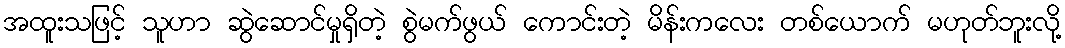
အထူးသဖြင့် သူဟာ ဆွဲဆောင်မှုရှိတဲ့ စွဲမက်ဖွယ် ကောင်းတဲ့ မိန်းကလေး တစ်ယောက် မဟုတ်ဘူးလို့